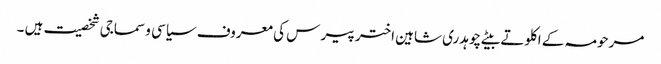
مرحومہ کے اکلوتے بیٹے چوہدری شاہین اختر پیر س کی معروف سیاسی و سماجی شخصیت ہیں ۔